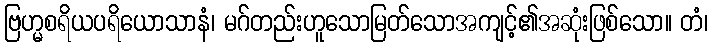
ဗြဟ္မစရိယပရိယောသာနံ၊ မဂ်တည်းဟူသောမြတ်သောအကျင့်၏အဆုံးဖြစ်သော။ တံ၊